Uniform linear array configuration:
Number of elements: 16
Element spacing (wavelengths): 0.75
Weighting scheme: cosine
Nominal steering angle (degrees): -45
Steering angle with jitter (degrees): -46.705
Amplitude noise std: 0.05
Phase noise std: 0.05

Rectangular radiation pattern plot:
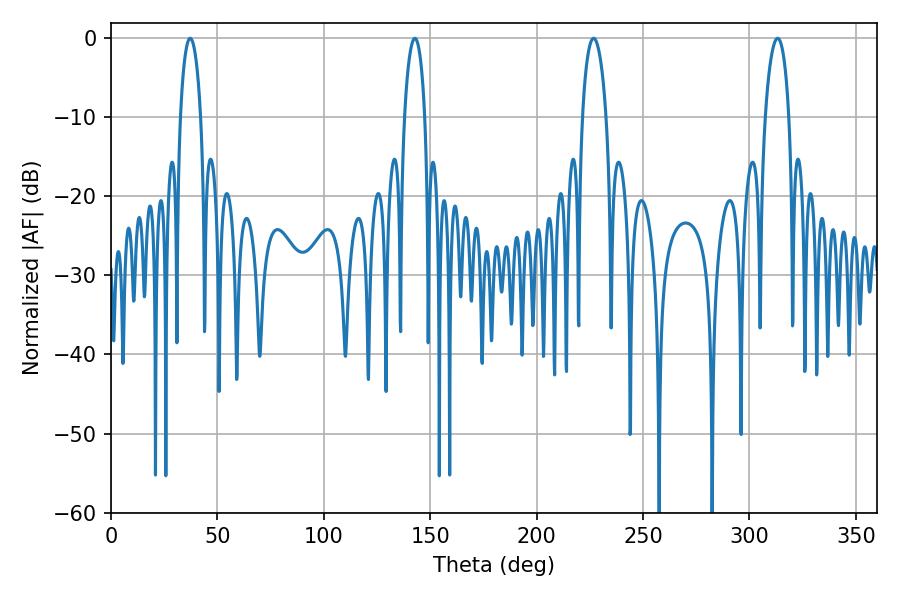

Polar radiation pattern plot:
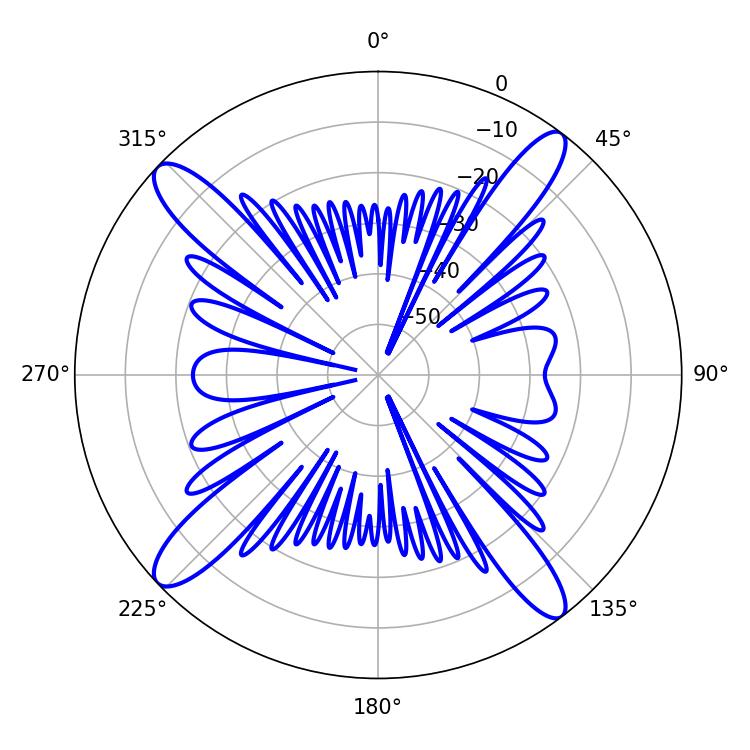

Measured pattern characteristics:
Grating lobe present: TRUE
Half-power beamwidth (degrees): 6.3
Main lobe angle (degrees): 226.8